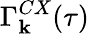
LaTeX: \Gamma_{\mathbf k}^{CX}(\tau)